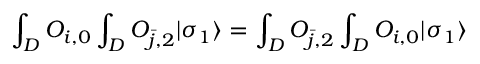
\int _ { D } { \cal O } _ { i , 0 } \int _ { D } { \cal O } _ { { \bar { j } } , 2 } | \sigma _ { 1 } \rangle = \int _ { D } { \cal O } _ { { \bar { j } } , 2 } \int _ { D } { \cal O } _ { i , 0 } | \sigma _ { 1 } \rangle \,